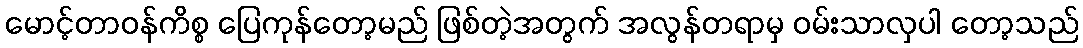
မောင့်တာဝန်ကိစ္စ ပြေကုန်တော့မည် ဖြစ်တဲ့အတွက် အလွန်တရာမှ ဝမ်းသာလှပါ တော့သည်